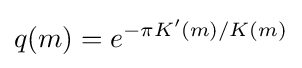
q(m)=e^{-\pi K'(m)/K(m)}